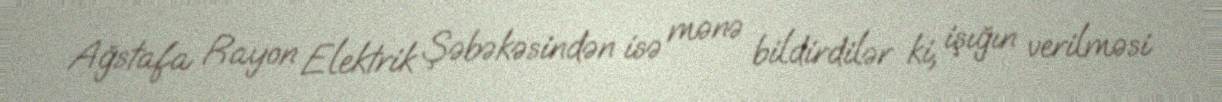
Ağstafa Rayon Elektrik Şəbəkəsindən isə mənə bildirdilər ki, işığın verilməsi